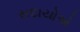
સદાયોએ